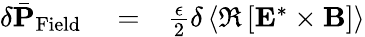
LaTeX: \begin{array}{rlr}{\delta\bar{\mathbf P}_{\mathrm{Field}}}&{{}=}&{\frac{\epsilon}{2}\delta\left\langle\Re\left[{\mathbf E}^{*}\times{\mathbf B}\right]\right\rangle}\end{array}